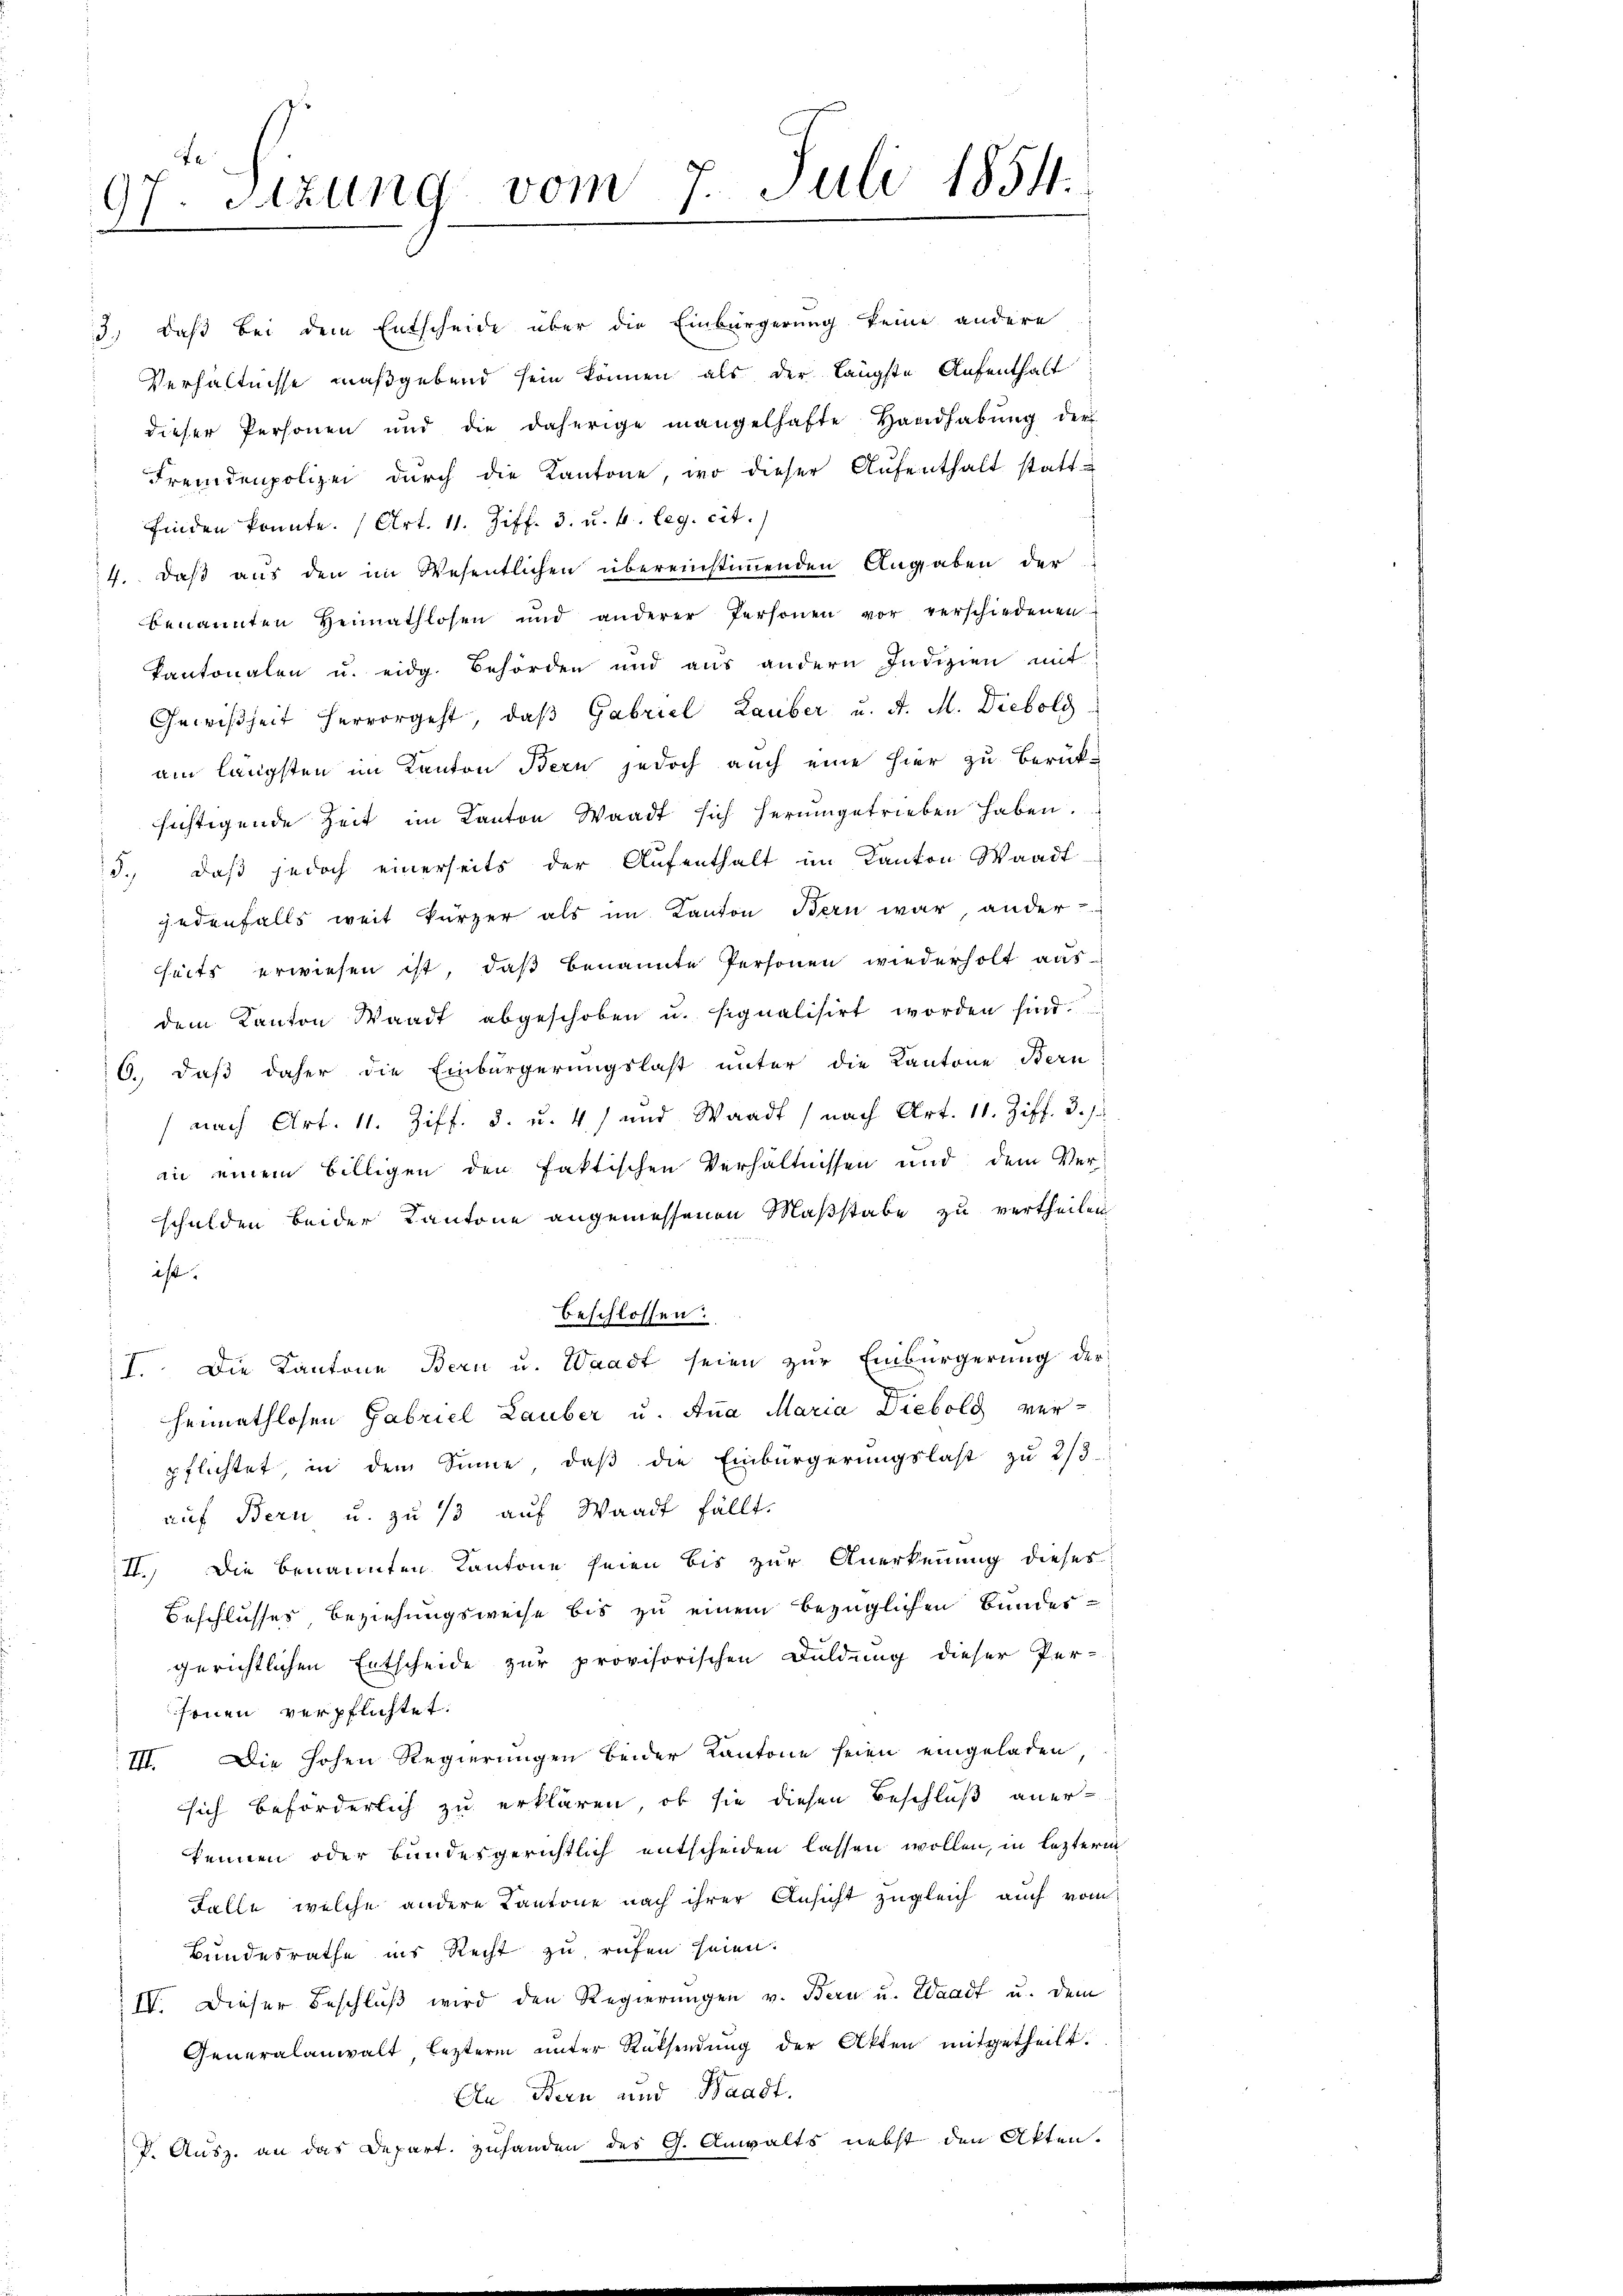
97. Sitzung vom 7. Juli 1854.

(nach Art. 11. Ziff. 3. u. 4) und Waadt (nach Art. 11. Ziff. 3. J.
in einem billigen den faktischen Verhältnissen und dem Verschulden beider Kantone angemessenen Maßstabe zu vertheilen
ist. |
beschlossen:
7. Die Kantone Bern u. Waadt seien zur Einbürgerung der
heimathlosen Gabriel Lauber u. Ana Maria Diebolg verpflichtet in dem Sinne, daβ die Einbürgerŭngslast zŭ 2/3
auf Bern u. zu 13 auf Waadt fällt.
II. Die benannten Kantone seien bis zur Anerkennung dieses
Beschlusses Beziehungsweise bis zu einem bezüglichen Bundes-
gerichtlichen Entscheide zur provisorischen Duldung dieser Per-
fenen verpflichtet:
III. Die hohen Regierungen beider Kantone seien eingeladen,
sich beförderlich zu erklären, ob sie diesen Beschluß aner-
kennen oder bundesgerichtlich entscheiden lassen wollen, in leztere
Falle, welche andere Kantone nach ihrer Ansicht zugleich auch vom
Bundesrathe ins Recht zu rufen seien.
IV. Dieser Beschluß wird den Regierungen v. Bern u. Waadt u. dem
Generalanwalt, lezterm unter Rüksendung der Akten mitgetheilt.
An Bern und Waadt.
D. Ausz. an das Depart. Zuhanden des G. Anwalts nebst den Akten.

3.) Daß bei dem Entscheide über die Einbürgerung keine andere
Verhältnisse maßgebend sein können, als der längste Aufenthalt
dieser Personen und die daherige mangelhafte Handhabŭng der
Fremdenpolizei durch die Kantone, wo dieser Aufenthalt statt-
finden konnte. (Art. 11. Ziff. 3. u. b. leg. cit.
4. daß aus den im Wesentlichen übereinstimmenden Angaben der
benannten Heimathlosen und anderer Personen vor verschiedenen
Kantonalen u. eidg. Behörden und aus andern Indizien mit
Gewißheit hervorgeht, daβ Gabriel Lauber u. A. M. Diebold
am längsten im Kanton Bern jedoch auch eine hier zu Berük-
sichtigende Zeit im Kanton Waadt sich herumgetrieben haben.
3., daß jedoch einerseits der Aufenthalt im Kanton Waadt-
jedenfalls weit kürzer als im Kanton Bern war ander
eits erwiesen ist, daß benannte Personen wiederholt aus
dem Kanton Waadt abgeschoben u. signalisirt worden sind.
6. daß daher die Einbürgerungslast unter die Kantone Bern